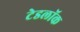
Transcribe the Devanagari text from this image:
टेडलॉक